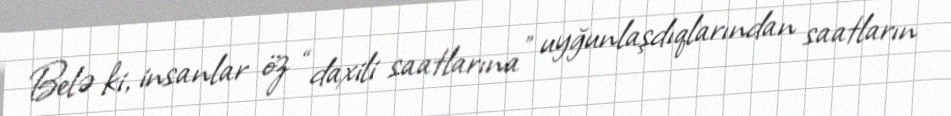
Belə ki, insanlar öz “daxili saatlarına” uyğunlaşdıqlarından saatların